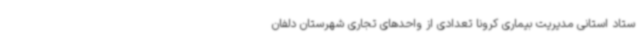
ستاد استانی مدیریت بیماری کرونا تعدادی از واحدهای تجاری شهرستان دلفان